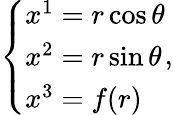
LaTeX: \left\{ \begin{array}{l}{x^{1}=r\cos{\theta}}\\ {x^{2}=r\sin{\theta}}\\ {x^{3}=f(r)}\end{array}\right.,